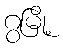
ဂွမြို့